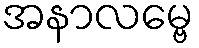
အနာလမ္ဗေ